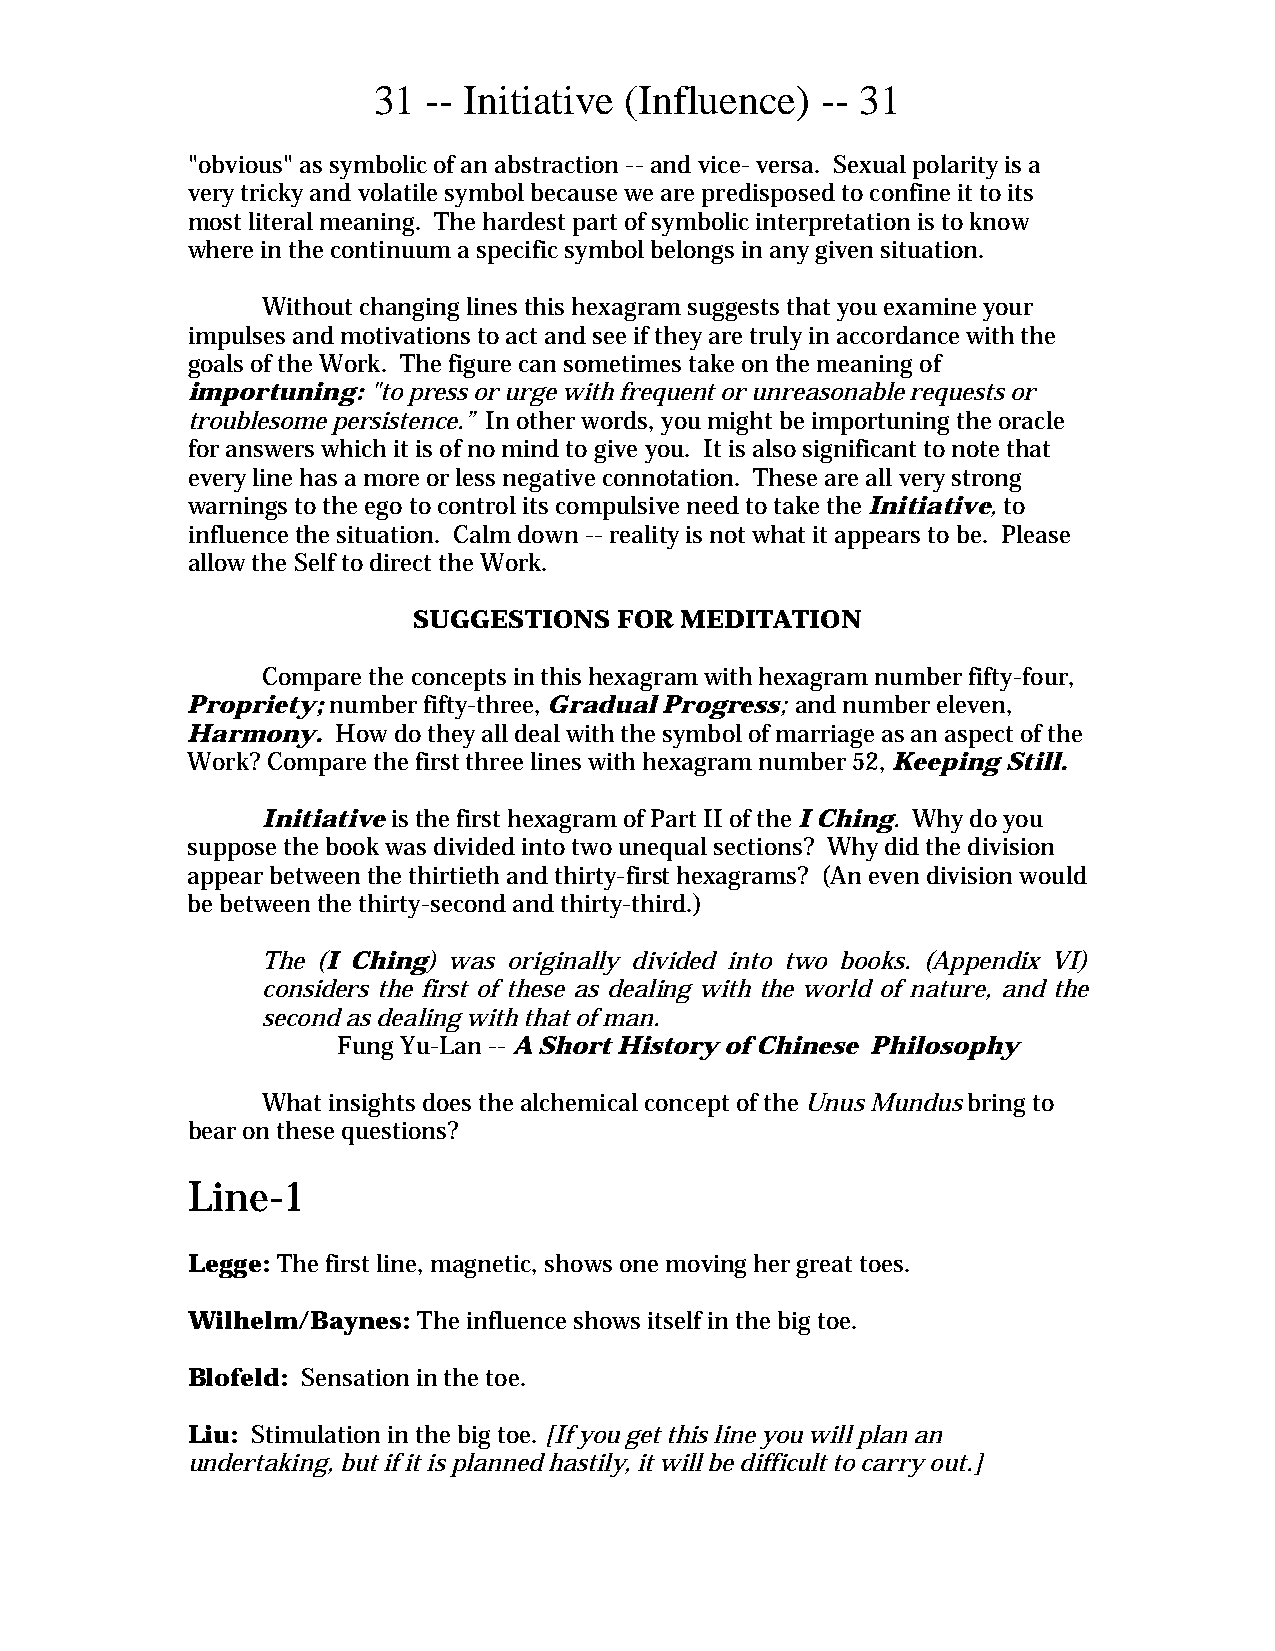
31 -- Initiative (Influence) -- 31
 "obvious" as symbolic of an abstraction -- and vice- versa. Sexual polarity is a
 very tricky and volatile symbol because we are predisposed to confine it to its
 most literal meaning. The hardest part of symbolic interpretation is to know
 where in the continuum a specific symbol belongs in any given situation.
 Without changing lines this hexagram suggests that you examine your
 impulses and motivations to act and see if they are truly in accordance with the
 goals of the Work. The figure can sometimes take on the meaning of
 importuning: "to press or urge with frequent or unreasonable requests or
 troublesome persistence.” In other words, you might be importuning the oracle
 for answers which it is of no mind to give you. It is also significant to note that
 every line has a more or less negative connotation. These are all very strong
 warnings to the ego to control its compulsive need to take the Initiative, to
 influence the situation. Calm down -- reality is not what it appears to be. Please
 allow the Self to direct the Work.
 SUGGESTIONS   FOR MEDITATION
 Compare the concepts in this hexagram with hexagram number fifty-four,
 Propriety; number fifty-three, Gradual Progress; and number eleven,
 Harmony.  How do they all deal with the symbol of marriage as an aspect of the
 Work? Compare the first three lines with hexagram number 52, Keeping Still.
 Initiative is the first hexagram of Part II of the I Ching. Why do you
 suppose the book was divided into two unequal sections? Why did the division
 appear between the thirtieth and thirty-first hexagrams? (An even division would
 be between the thirty-second and thirty-third.)
 The (I Ching) was originally divided into two books. (Appendix VI)
 considers the first of these as dealing with the world of nature, and the
 second as dealing with that of man.
 Fung Yu-Lan -- A Short History of Chinese Philosophy
 What insights does the alchemical concept of the Unus Mundus bring to
 bear on these questions?
 Line-1
 Legge: The first line, magnetic, shows one moving her great toes.
 Wilhelm/Baynes: The influence shows itself in the big toe.
 Blofeld: Sensation in the toe.
 Liu: Stimulation in the big toe. [If you get this line you will plan an
 undertaking, but if it is planned hastily, it will be difficult to carry out.]